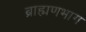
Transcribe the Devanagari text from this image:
ब्राह्मणभाग